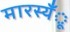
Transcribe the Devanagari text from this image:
मारस्यँू